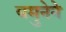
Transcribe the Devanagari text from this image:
यमुनेने